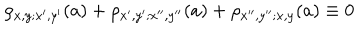
\rho _ { x , y ; x ^ { \prime } , y ^ { \prime } } ( a ) + \rho _ { x ^ { \prime } , y ^ { \prime } ; x ^ { \prime \prime } , y ^ { \prime \prime } } ( a ) + \rho _ { x ^ { \prime \prime } , y ^ { \prime \prime } ; x , y } ( a ) \equiv 0